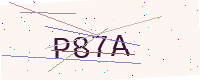
Text: P87A